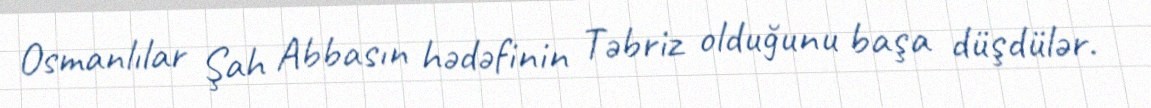
Osmanlılar Şah Abbasın hədəfinin Təbriz olduğunu başa düşdülər.